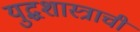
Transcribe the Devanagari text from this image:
युद्धशास्त्राची